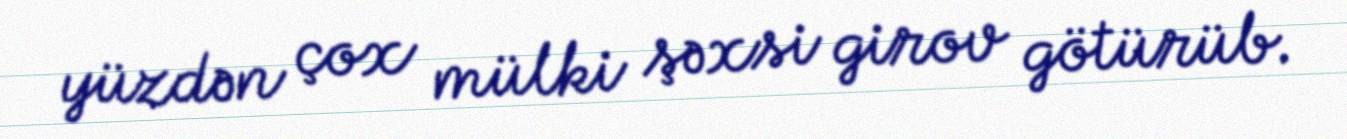
yüzdən çox mülki şəxsi girov götürüb.